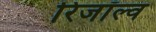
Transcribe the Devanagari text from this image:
रिजॉल्व